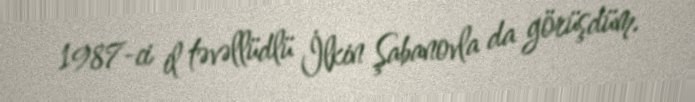
1987-ci il təvəllüdlü İlkin Şabanovla da görüşdüm.